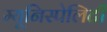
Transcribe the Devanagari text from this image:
म्यूनिस्पेलिटी